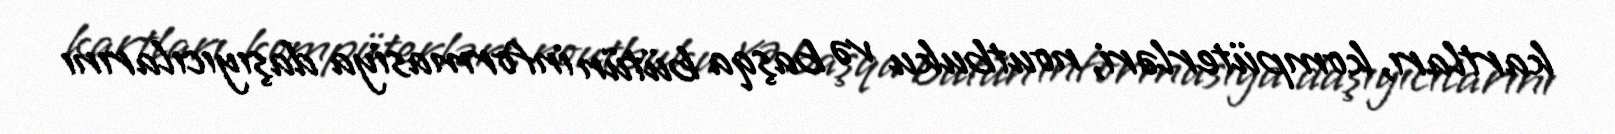
kartları, kompüterləri, noutbuku və başqa bütün informasiya daşıyıcılarını